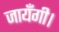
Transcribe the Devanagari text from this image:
जायँगी।